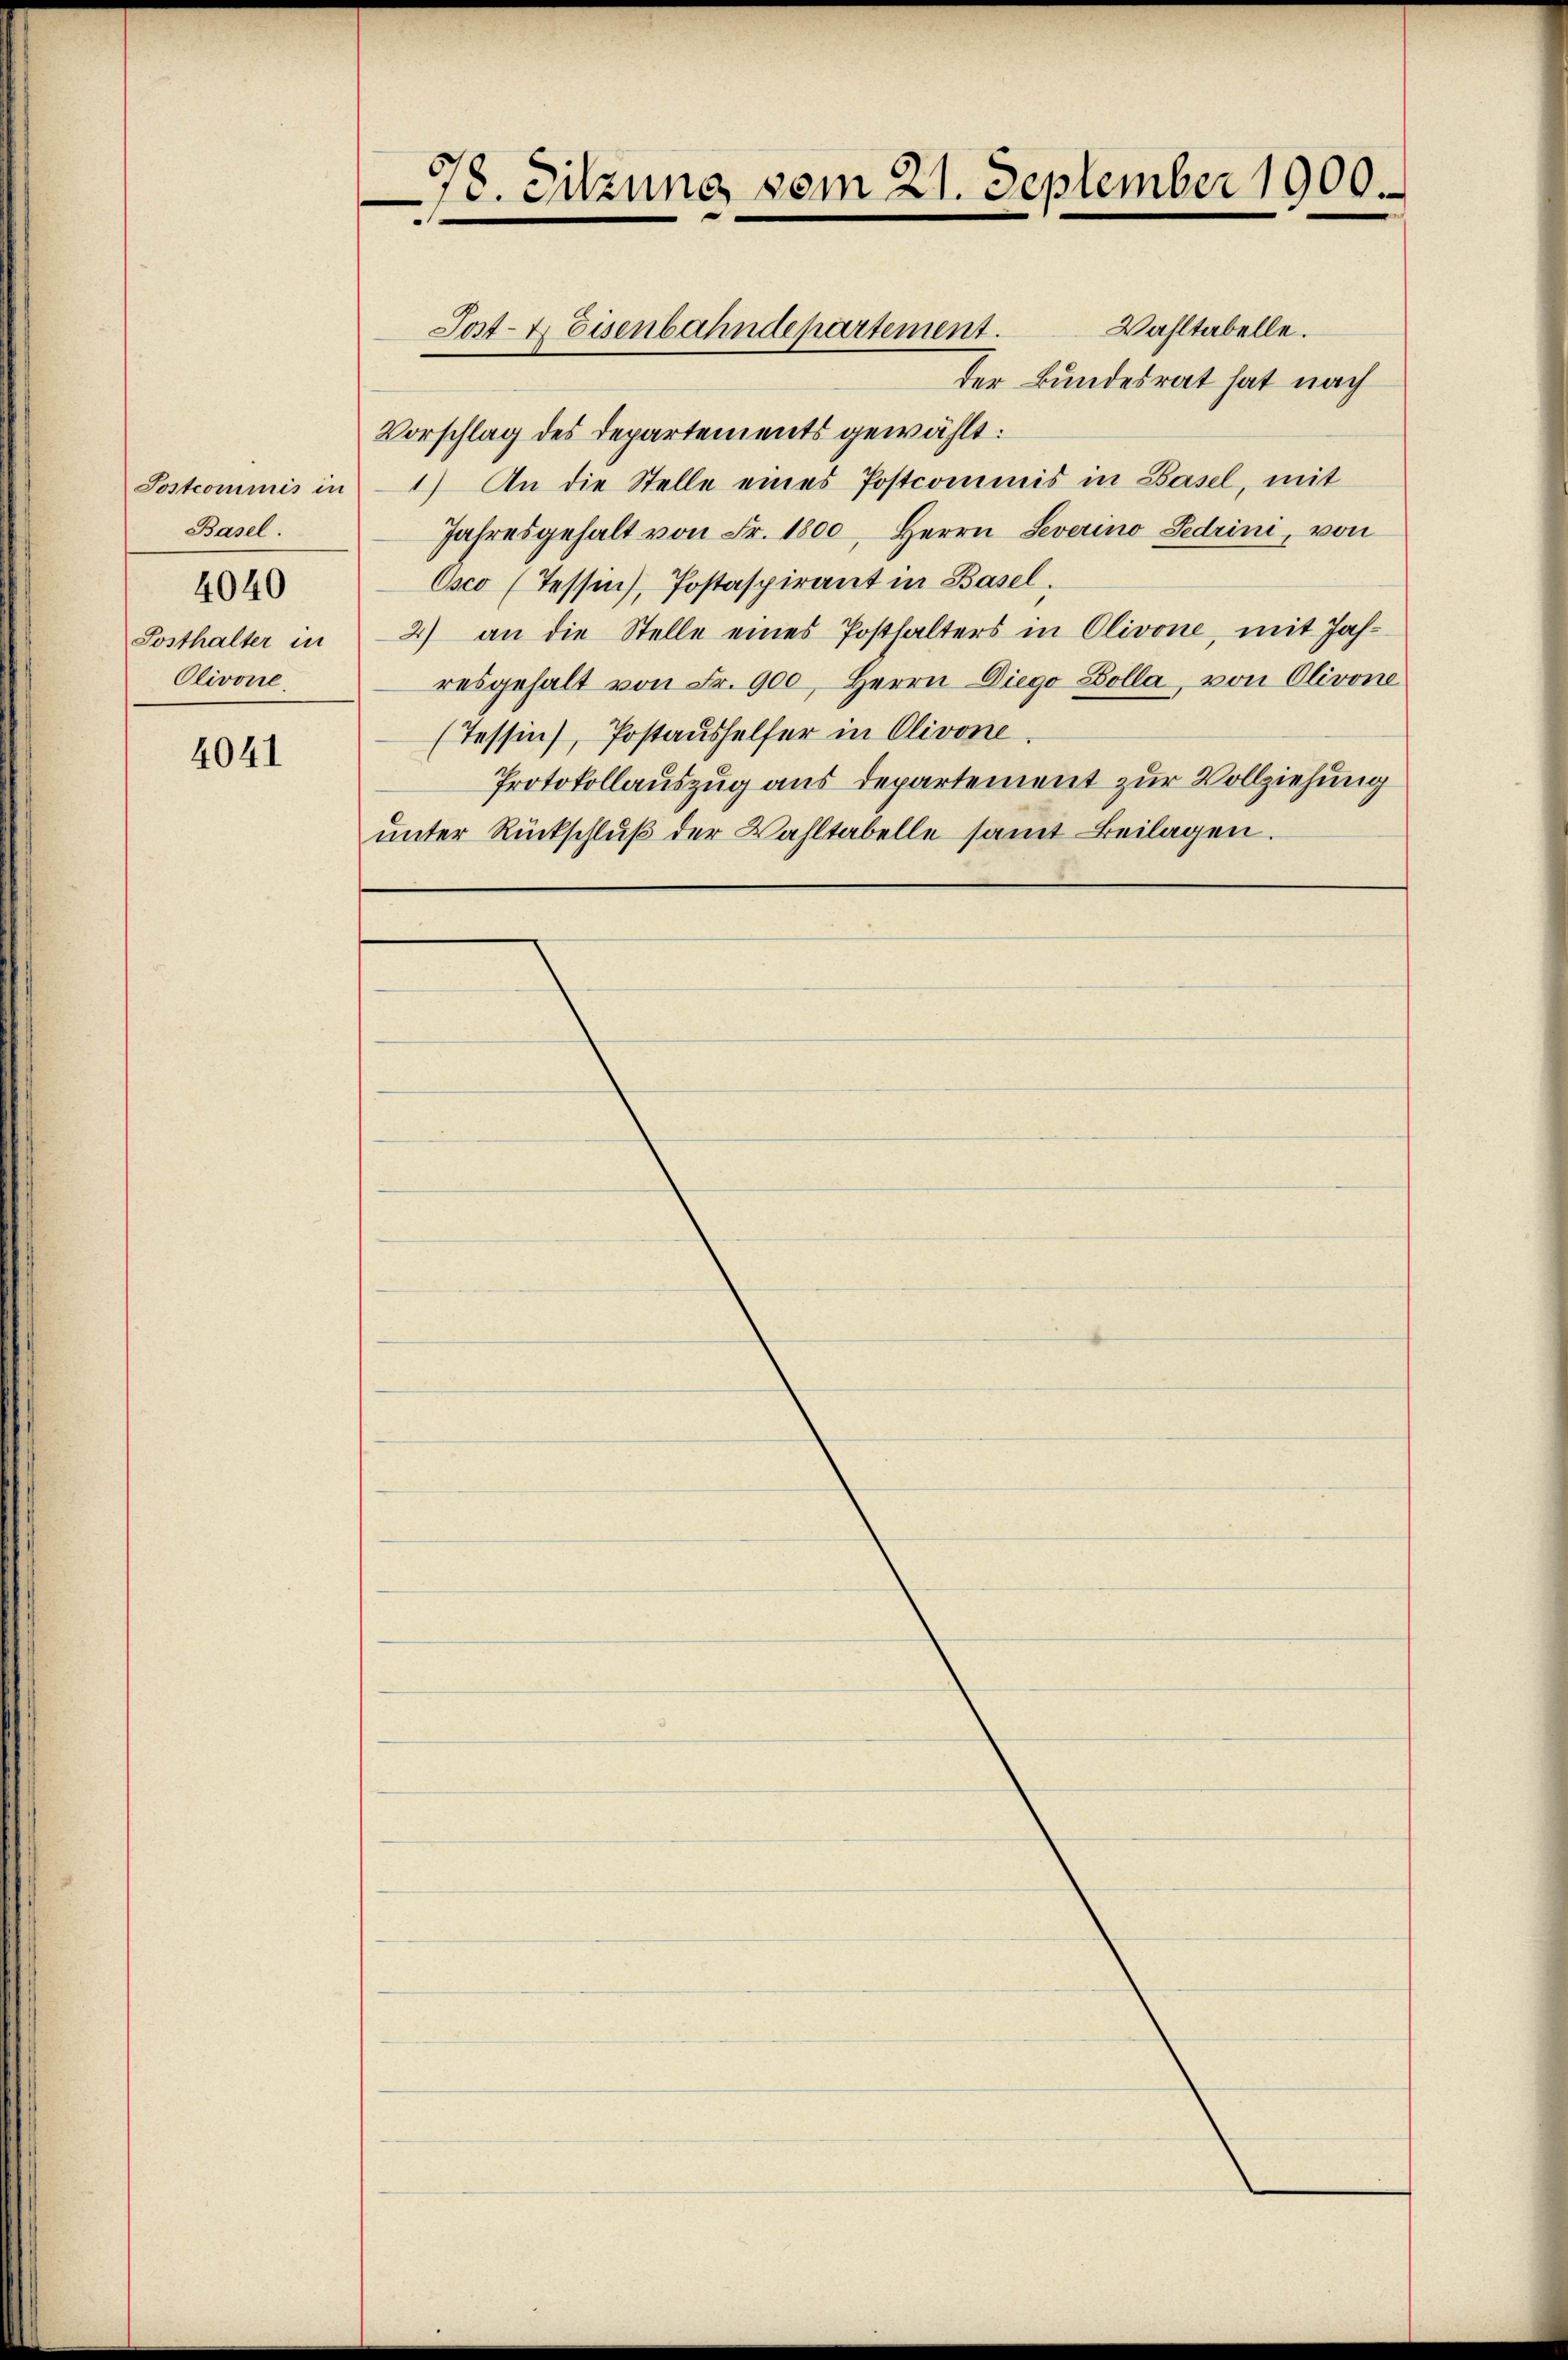
Sostcommis in
Basel.
4040
Sosthalter in
Olivone,

4041

78. Sitzung vom 21. September 1900.

Wahltabelle.
der Bundesrat hat nach
Vorschlag des Departements gewählt:
1) An die Stelle eines Postcommis in Basel, mit
Jahresgehalt von Fr. 1800, Herrn Severino Pedrini, von
Osco (Tessin, Postaspirant in Basel.
2) an die Stelle eines Posthalters in Olivone, mit Jahresgehalt von Fr. 900, Herrn Diego Zolla, von Olivone
(Tessin, Postaushelfer in Olivone
Protokollauszug aus departement zur Vollziehung
unter Rückschlŭβ der Wahltabelle samt Beilagen.

Post- & Eisenbahndepartement.